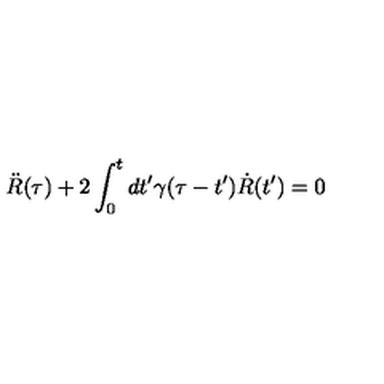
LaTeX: \ddot { R } ( \tau ) + 2 \int _ { 0 } ^ { t } { d t ^ { \prime } } \gamma ( \tau - t ^ { \prime } ) \dot { R } ( t ^ { \prime } ) = 0